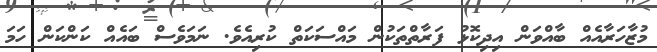
މުޒާހަރާއެއް ބާއްވަން އިދިކޮޅު ފަރާތްތަކުން މައްސަކަތް ކުރިއެވެ. ނަމަވެސް ބައެއް ކަންކަން ހަމަ